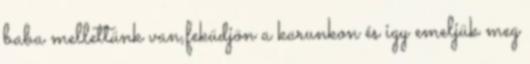
baba mellettünk van,feküdjön a karunkon és igy emeljük meg